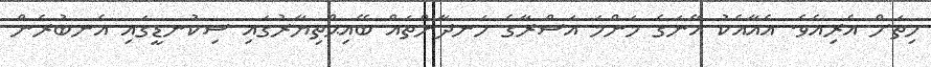
ހިތަށް އެރިއެވެ. އެއާއެކު އޭނަގެ މަންމަ އަސްރާގެ ހަނދާންތައް ބޭއިޙްތިޔާރުގައި ސިކުނޑީގައި އެނބުރެން